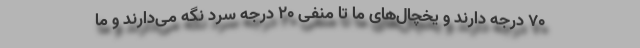
۷۰ درجه دارند و یخچال‌های ما تا منفی ۲۰ درجه سرد نگه می‌دارند و ما